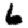
Digit: 6